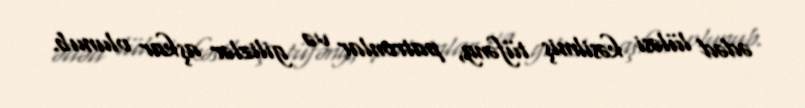
ədəd lüləsi kəsilmiş tüfəng, patronlar və gilizlər aşkar olunub.